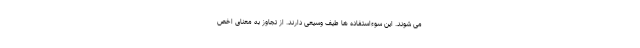
می شوند. این سوءاستفاده ها طیف وسیعی دارند. از تجاوز به معنای اخص